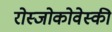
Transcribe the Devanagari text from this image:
रोस्‍जोकोवेस्‍की